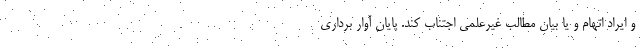
و ايراد اتهام و يا بيان مطالب غيرعلمی اجتناب کند. پایان آوار برداری